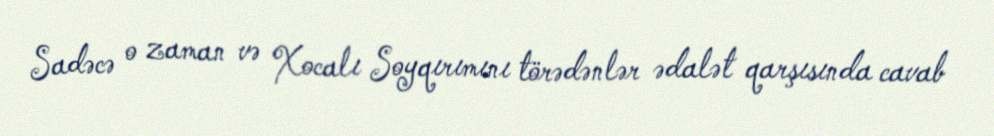
Sadəcə o zaman və Xocalı Soyqırımını törədənlər ədalət qarşısında cavab